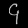
Digit: ၄